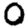
Digit: 0